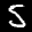
Label: 5